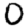
Digit: 0